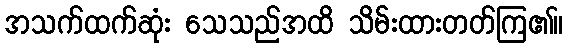
အသက်ထက်ဆုံး သေသည်အထိ သိမ်းထားတတ်ကြ၏။